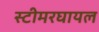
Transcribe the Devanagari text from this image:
स्टीमरघायल